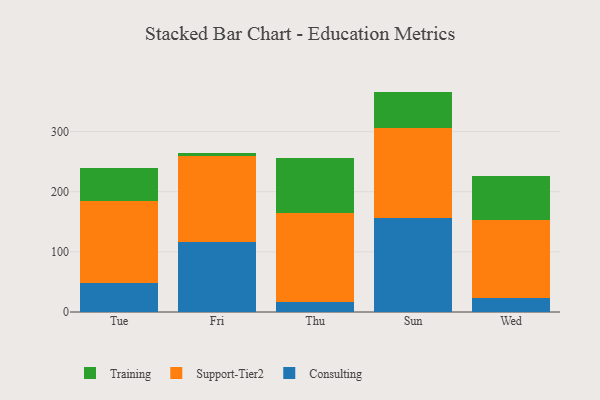
{"axis": {"x": "Day", "y": "Headcount"}, "legend": ["Consulting", "Support-Tier2", "Training"], "data": [{"x": "Tue", "y": 47.7, "type": "Consulting"}, {"x": "Tue", "y": 136.4, "type": "Support-Tier2"}, {"x": "Tue", "y": 55.5, "type": "Training"}, {"x": "Fri", "y": 116.2, "type": "Consulting"}, {"x": "Fri", "y": 142.5, "type": "Support-Tier2"}, {"x": "Fri", "y": 5.4, "type": "Training"}, {"x": "Thu", "y": 16.8, "type": "Consulting"}, {"x": "Thu", "y": 147.4, "type": "Support-Tier2"}, {"x": "Thu", "y": 92.1, "type": "Training"}, {"x": "Sun", "y": 156.9, "type": "Consulting"}, {"x": "Sun", "y": 149.4, "type": "Support-Tier2"}, {"x": "Sun", "y": 60.2, "type": "Training"}, {"x": "Wed", "y": 23.7, "type": "Consulting"}, {"x": "Wed", "y": 128.8, "type": "Support-Tier2"}, {"x": "Wed", "y": 73.5, "type": "Training"}]}